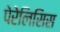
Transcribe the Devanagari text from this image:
पेरेलिसिस